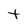
Character: t